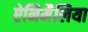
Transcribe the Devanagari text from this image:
ऐनिमैलिया